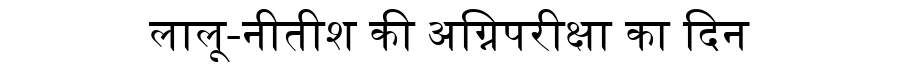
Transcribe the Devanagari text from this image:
लालू-नीतीश की अग्निपरीक्षा का दिन